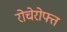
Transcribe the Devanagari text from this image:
रोचेरोफ्त